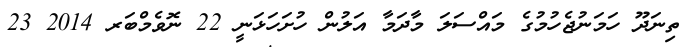
ތިނަދޫ ހަމަނުޖެހުމުގެ މައްސަލަ މާދަމާ އަލުން ހުށަހަޅަނީ 22 ނޮވެމްބަރ 2014 23